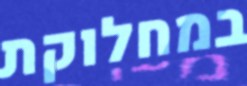
במחלוקת